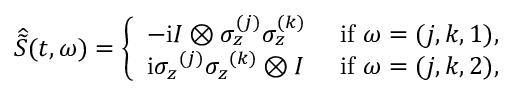
\widehat { \widetilde { S } } ( t , \omega ) = \left\{ \begin{array} { l l } { - \mathrm { i } I \otimes \sigma _ { z } ^ { ( j ) } \sigma _ { z } ^ { ( k ) } } & { \mathrm { ~ i f ~ } \omega = ( j , k , 1 ) , } \\ { \mathrm { i } { \sigma _ { z } } ^ { ( j ) } { \sigma _ { z } } ^ { ( k ) } \otimes I } & { \mathrm { ~ i f ~ } \omega = ( j , k , 2 ) , } \end{array} \right.